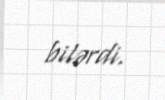
bilərdi.